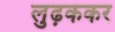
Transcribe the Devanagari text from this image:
लुढ़ककर